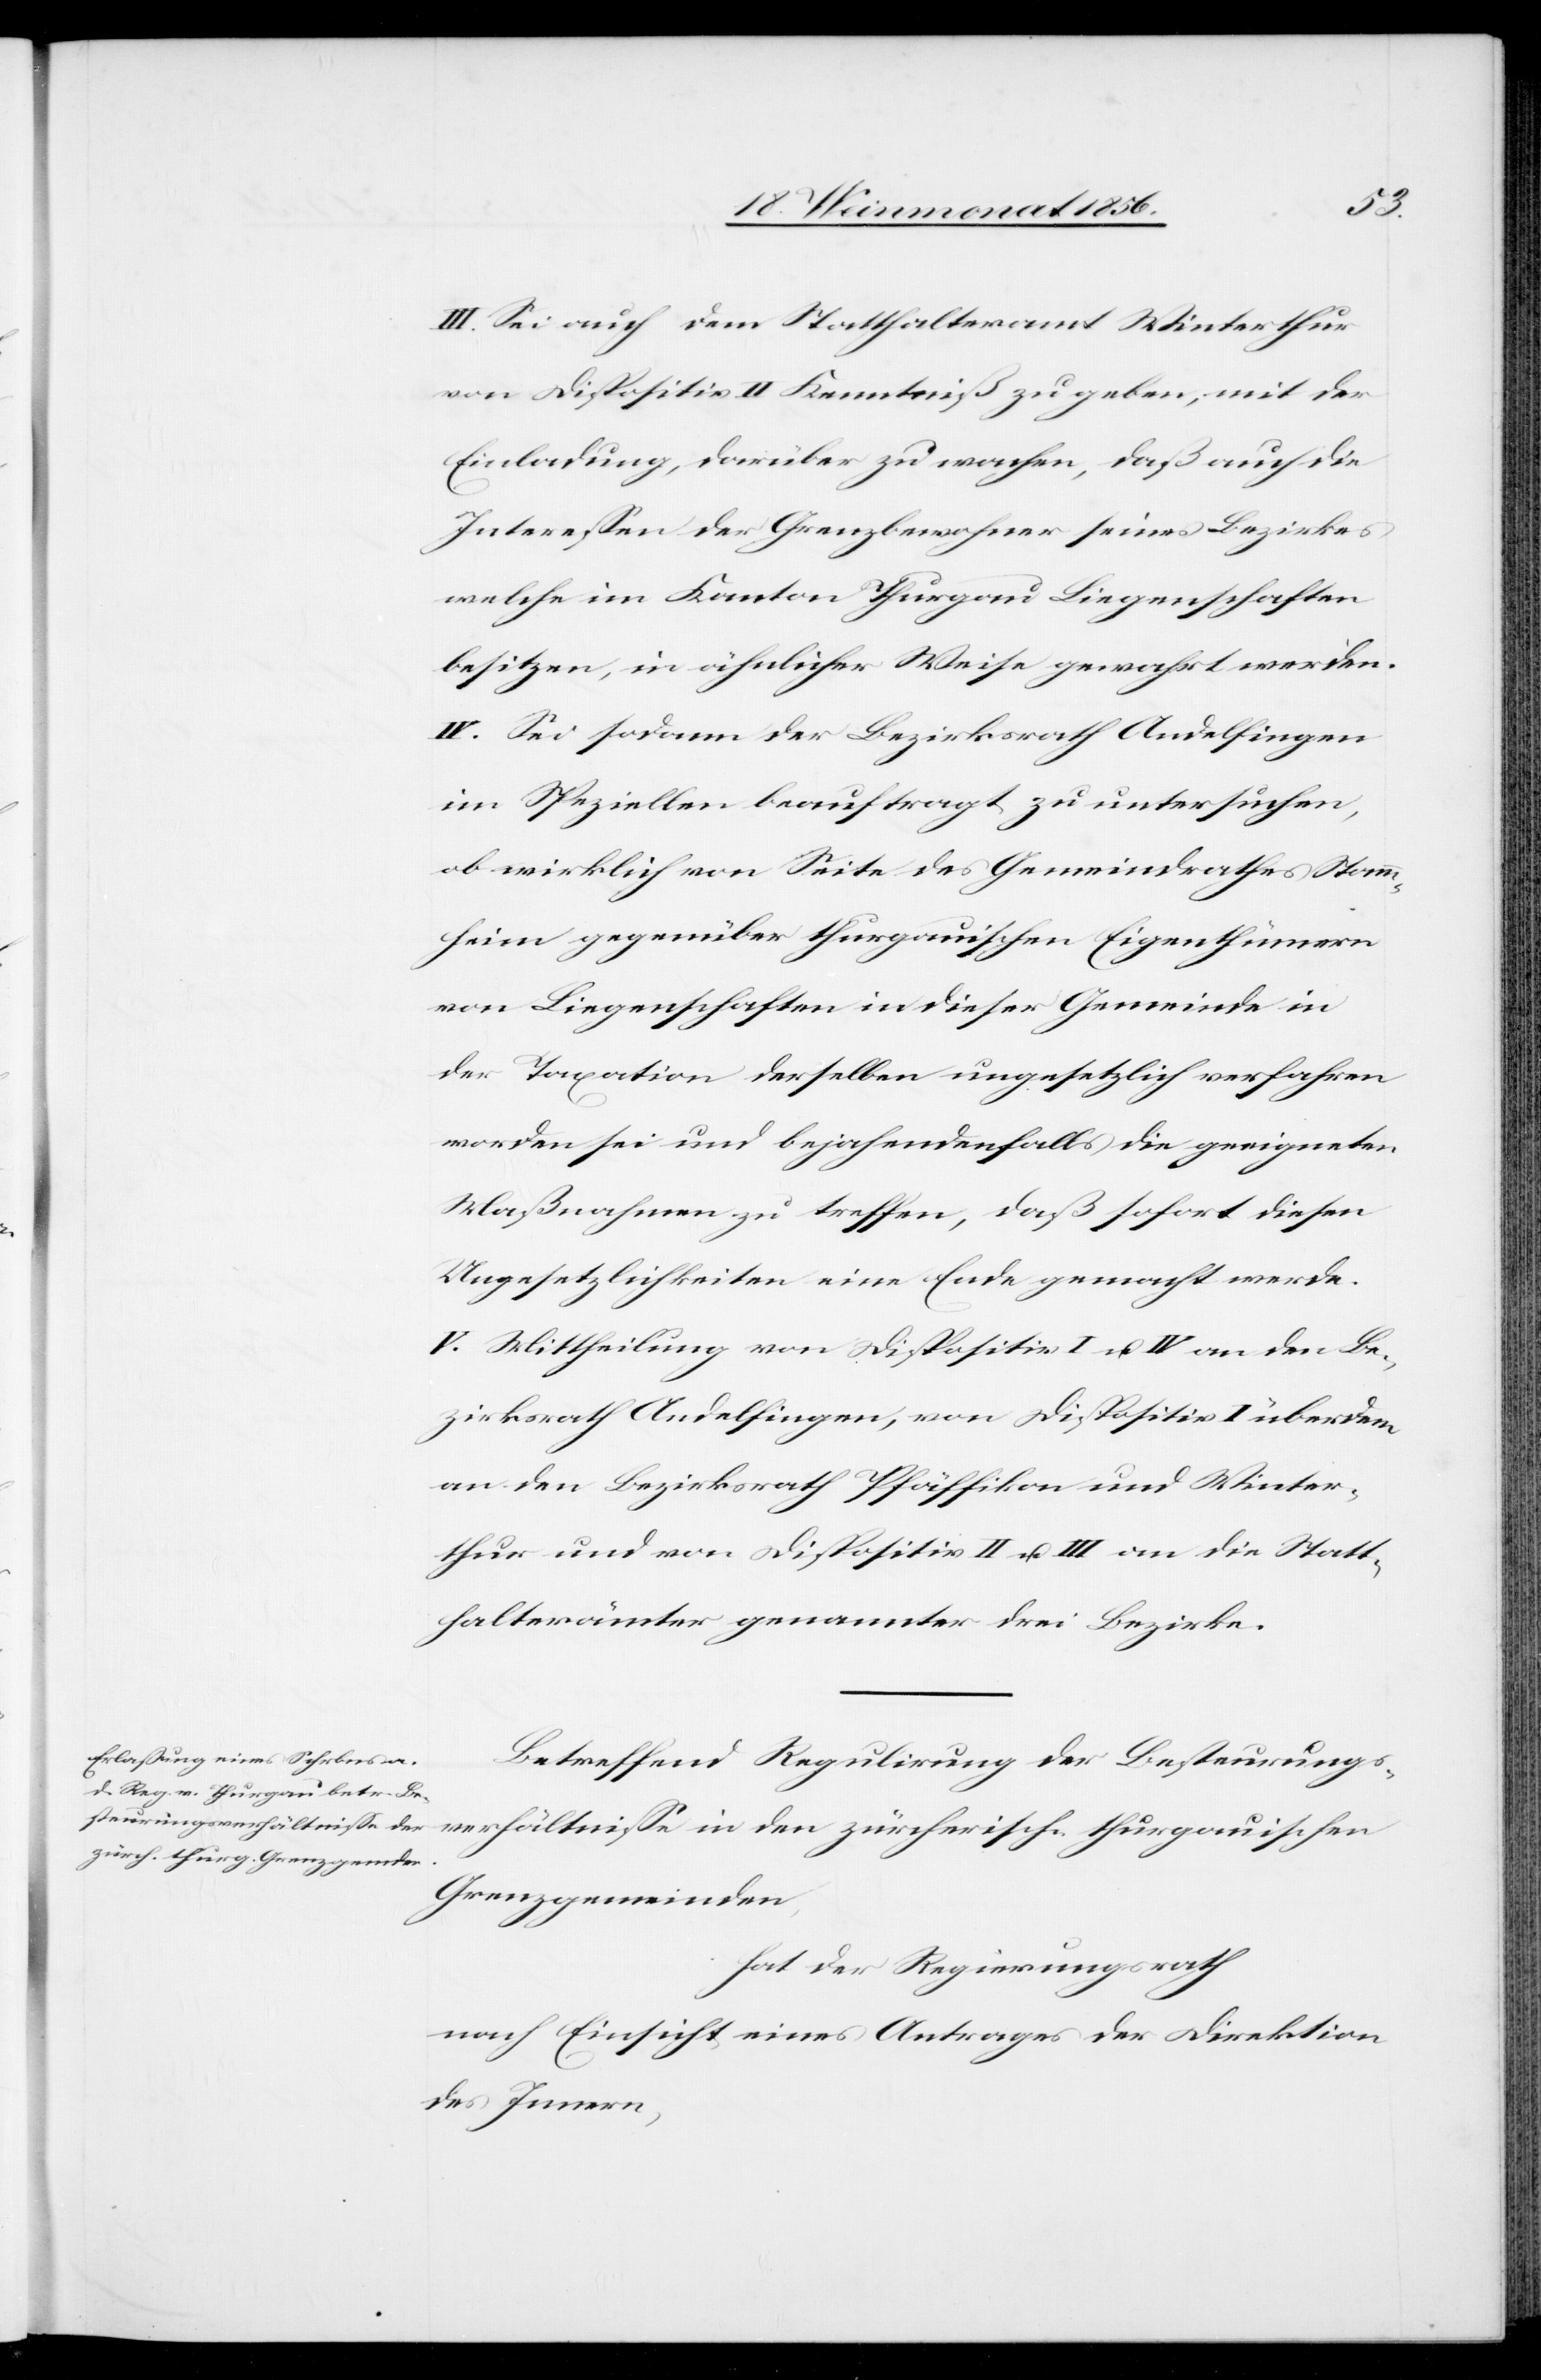
III. Sei auch dem Statthalteramt Winterthur
von Dispositiv II Kenntniß zu geben; mit der
Einladung, darüber zu wachen, daß auch die
Interessen der Grenzbewohner seines Bezirkes
welche im Kanton Thurgau Liegenschaften
besitzen, in ähnlicher Weise gewahrt werden.
IV. Sei sodann der Bezirksrath Andelfingen
im Speziellen beauftragt zu untersuchen,
ob wirklich von Seite des Gemeindrathes Stamm¬
heim gegenüber thurgauischen Eigenthümern
von Liegenschaften in dieser Gemeinde in
der Taxation derselben ungesetzlich verfahren
worden sei und bejahendenfalls die geeigneten
Maßnahmen zu treffen, daß sofort diesen
Ungesetzlichkeiten eine Ende gemacht werde.
V. Mittheilung von Dispositiv I u. IV an den Be¬
zirksrath Andelfingen, von Dispositiv I überdem
an den Bezirksrath Pfäffikon und Winter¬
thur und von Dispositiv II u. III an die Statt¬
halterämter genannter drei Bezirke.
Betreffend Regulirung der Besteurungs¬
verhältnisse in den zürcherisch-thurgauischen
Grenzgemeinden,
hat der Regierungsrath
nach Einsicht eines Antrages der Direktion
des Innern,